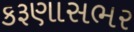
કરૂણાસભર